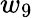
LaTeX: w_{9}